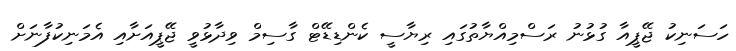
ހަސަނިކު ޖޭޕީއާ ގުޅުނު ރަސްމިއްޔާތުގައި ރިޔާސީ ކެންޑިޑޭޓް ގާސިމް ވިދާޅުވީ ޖޭޕީއަށާއި އެމަނިކުފާނަށް